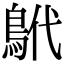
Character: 鴏